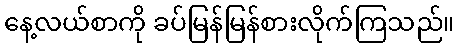
နေ့လယ်စာကို ခပ်မြန်မြန်စားလိုက်ကြသည်။